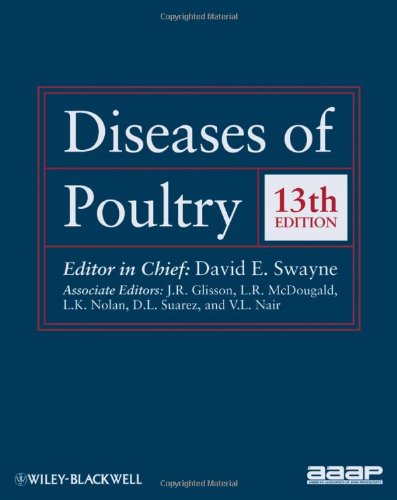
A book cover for Diseases of Poultry; Medical Books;